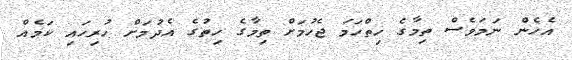
އެހެން ނަމަވެސް ތިމާގެ ހިތްހަމަ ޖެހުމަށް ތިމާގެ ހިތުގެ އެދުމަށް ހުރިހައި ކަމެއް